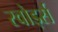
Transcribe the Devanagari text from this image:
स्वोर्ड्स